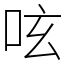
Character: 呟